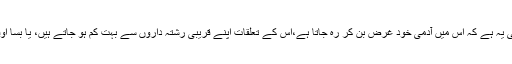
اس کی سب سے بڑی خامی یہ ہے کہ اس میں آدمی خود غرض بن کر رہ جاتا ہے،اس کے تعلقات اپنے قریبی رشتہ داروں سے بہت کم ہو جاتے ہیں، یا بسا اوقات بالکل ختم ہوجاتے ہیں۔